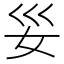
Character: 𫰊